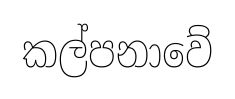
කල්පනාවේ